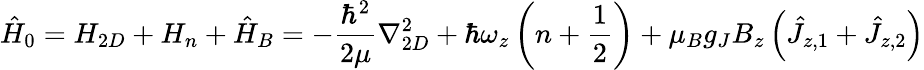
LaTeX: \hat{H}_{0}=H_{2D}+H_{n}+\hat{H}_{B}=-\frac{\hbar^{2}}{2\mu}\nabla_{2D}^{2}+\hbar\omega_{z}\left(n+\frac{1}{2}\right)+\mu_{B}g_{J}B_{z}\left(\hat{J}_{z,1}+\hat{J}_{z,2}\right)